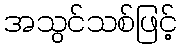
အသွင်သစ်ဖြင့်